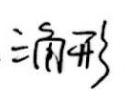
\[ \sum_{n = 1}^{5} \sqrt{n + 4} \]